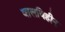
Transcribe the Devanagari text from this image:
बालविहीन